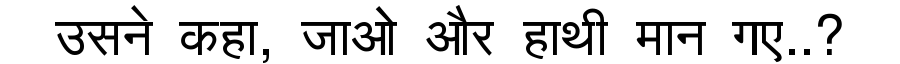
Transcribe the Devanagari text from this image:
उसने कहा, जाओ और हाथी मान गए..?